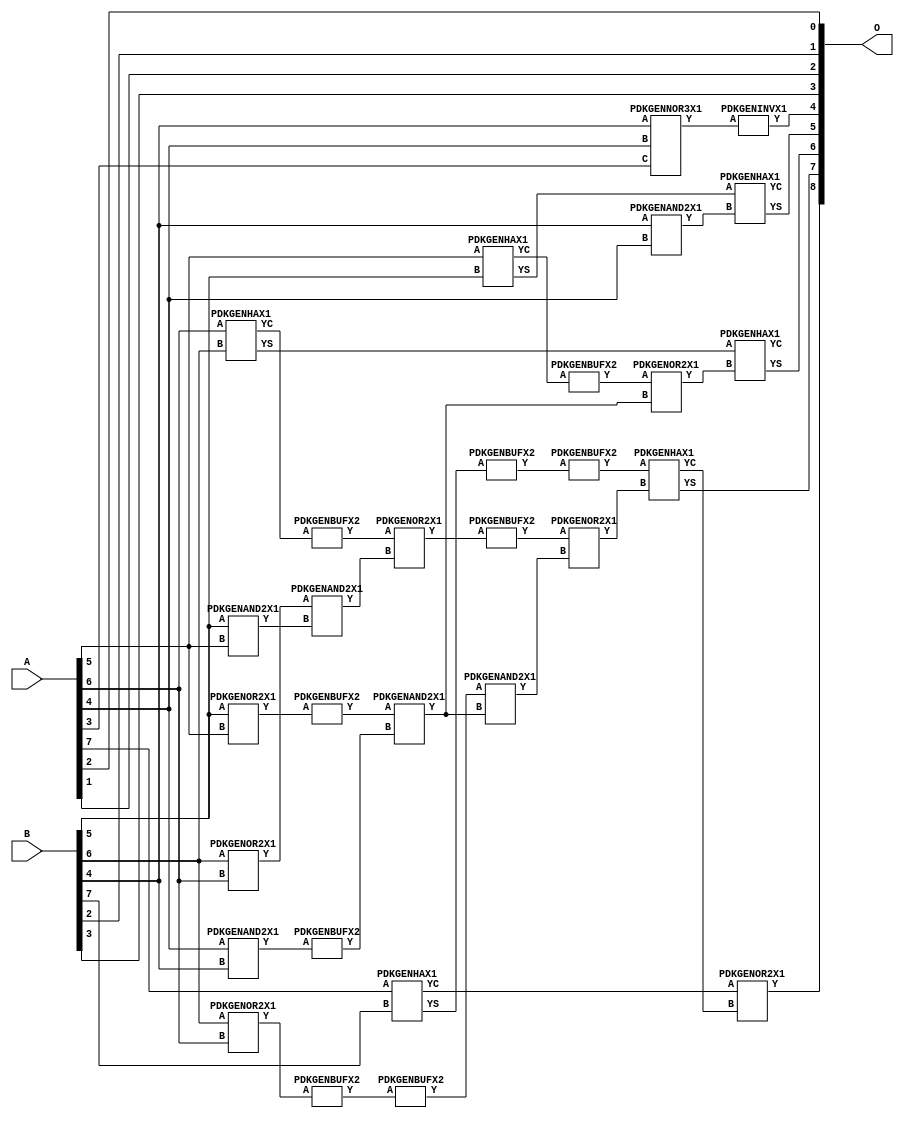
// Library = EvoApprox8b
// Circuit = add8_008
// Area   (180) = 1192
// Delay  (180) = 0.770
// Power  (180) = 330.40
// Area   (45) = 84
// Delay  (45) = 0.330
// Power  (45) = 26.27
// Nodes = 30
// HD = 188032
// MAE = 6.92969
// MSE = 68.00000
// MRE = 3.61 %
// WCE = 18
// WCRE = 100 %
// EP = 96.9 %

module add8_008(A, B, O);
  input [7:0] A;
  input [7:0] B;
  output [8:0] O;
  wire [2031:0] N;

  assign N[0] = A[0];
  assign N[1] = A[0];
  assign N[2] = A[1];
  assign N[3] = A[1];
  assign N[4] = A[2];
  assign N[5] = A[2];
  assign N[6] = A[3];
  assign N[7] = A[3];
  assign N[8] = A[4];
  assign N[9] = A[4];
  assign N[10] = A[5];
  assign N[11] = A[5];
  assign N[12] = A[6];
  assign N[13] = A[6];
  assign N[14] = A[7];
  assign N[15] = A[7];
  assign N[16] = B[0];
  assign N[17] = B[0];
  assign N[18] = B[1];
  assign N[19] = B[1];
  assign N[20] = B[2];
  assign N[21] = B[2];
  assign N[22] = B[3];
  assign N[23] = B[3];
  assign N[24] = B[4];
  assign N[25] = B[4];
  assign N[26] = B[5];
  assign N[27] = B[5];
  assign N[28] = B[6];
  assign N[29] = B[6];
  assign N[30] = B[7];
  assign N[31] = B[7];

  PDKGENOR2X1 n42(.A(N[28]), .B(N[12]), .Y(N[42]));
  assign N[43] = N[42];
  PDKGENOR2X1 n44(.A(N[28]), .B(N[12]), .Y(N[44]));
  PDKGENAND2X1 n46(.A(N[26]), .B(N[10]), .Y(N[46]));
  PDKGENNOR3X1 n48(.A(N[24]), .B(N[8]), .C(N[6]), .Y(N[48]));
  assign N[49] = N[48];
  PDKGENAND2X1 n68(.A(N[8]), .B(N[24]), .Y(N[68]));
  PDKGENAND2X1 n72(.A(N[24]), .B(N[8]), .Y(N[72]));
  assign N[73] = N[72];
  PDKGENHAX1 n78(.A(N[10]), .B(N[26]), .YS(N[78]), .YC(N[79]));
  PDKGENBUFX2 n80(.A(N[79]), .Y(N[80]));
  assign N[81] = N[80];
  PDKGENHAX1 n86(.A(N[12]), .B(N[28]), .YS(N[86]), .YC(N[87]));
  PDKGENHAX1 n96(.A(N[14]), .B(N[30]), .YS(N[96]), .YC(N[97]));
  PDKGENBUFX2 n128(.A(N[44]), .Y(N[128]));
  assign N[129] = N[128];
  PDKGENOR2X1 n134(.A(N[26]), .B(N[10]), .Y(N[134]));
  assign N[135] = N[134];
  PDKGENBUFX2 n136(.A(N[135]), .Y(N[136]));
  assign N[137] = N[136];
  PDKGENBUFX2 n142(.A(N[87]), .Y(N[142]));
  assign N[143] = N[142];
  PDKGENBUFX2 n152(.A(N[68]), .Y(N[152]));
  assign N[153] = N[152];
  PDKGENBUFX2 n160(.A(N[96]), .Y(N[160]));
  PDKGENAND2X1 n162(.A(N[43]), .B(N[46]), .Y(N[162]));
  PDKGENBUFX2 n170(.A(N[129]), .Y(N[170]));
  PDKGENINVX1 n176(.A(N[49]), .Y(N[176]));
  assign N[177] = N[176];
  PDKGENOR2X1 n180(.A(N[143]), .B(N[162]), .Y(N[180]));
  assign N[181] = N[180];
  PDKGENBUFX2 n208(.A(N[181]), .Y(N[208]));
  assign N[209] = N[208];
  PDKGENAND2X1 n226(.A(N[137]), .B(N[153]), .Y(N[226]));
  PDKGENOR2X1 n244(.A(N[81]), .B(N[226]), .Y(N[244]));
  assign N[245] = N[244];
  PDKGENAND2X1 n254(.A(N[170]), .B(N[226]), .Y(N[254]));
  PDKGENOR2X1 n272(.A(N[209]), .B(N[254]), .Y(N[272]));
  PDKGENBUFX2 n376(.A(N[160]), .Y(N[376]));
  assign N[377] = N[376];
  PDKGENHAX1 n394(.A(N[78]), .B(N[73]), .YS(N[394]), .YC(N[395]));
  PDKGENHAX1 n404(.A(N[86]), .B(N[245]), .YS(N[404]), .YC(N[405]));
  PDKGENHAX1 n412(.A(N[377]), .B(N[272]), .YS(N[412]), .YC(N[413]));
  PDKGENOR2X1 n422(.A(N[97]), .B(N[413]), .Y(N[422]));

  assign O[0] = N[4];
  assign O[1] = N[20];
  assign O[2] = N[2];
  assign O[3] = N[22];
  assign O[4] = N[177];
  assign O[5] = N[394];
  assign O[6] = N[404];
  assign O[7] = N[412];
  assign O[8] = N[422];

endmodule
/* mod */
module PDKGENHAX1( input A, input B, output YS, output YC );
    assign YS = A ^ B;
    assign YC = A & B;
endmodule
/* mod */
module PDKGENOR2X1(input A, input B, output Y );
     assign Y = A | B;
endmodule
/* mod */
module PDKGENAND2X1(input A, input B, output Y );
     assign Y = A & B;
endmodule
/* mod */
module PDKGENINVX1(input A, output Y );
     assign Y = ~A;
endmodule
/* mod */
module PDKGENNOR3X1(input A, input B, input C, output Y );
     assign Y = ~((A | B) | C);
endmodule
/* mod */
module PDKGENBUFX2(input A, output Y );
     assign Y = A;
endmodule